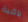
باقية